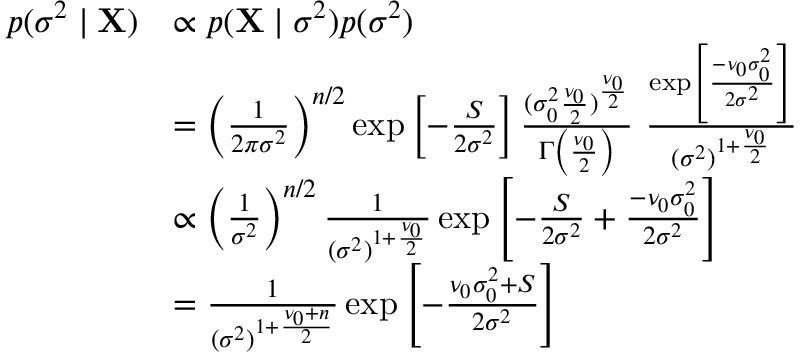
{ \begin{array} { r l } { p ( \sigma ^ { 2 } \mid \mathbf { X } ) } & { \propto p ( \mathbf { X } \mid \sigma ^ { 2 } ) p ( \sigma ^ { 2 } ) } \\ & { = \left( { \frac { 1 } { 2 \pi \sigma ^ { 2 } } } \right) ^ { n / 2 } \exp \left[ - { \frac { S } { 2 \sigma ^ { 2 } } } \right] { \frac { ( \sigma _ { 0 } ^ { 2 } { \frac { \nu _ { 0 } } { 2 } } ) ^ { \frac { \nu _ { 0 } } { 2 } } } { \Gamma \left( { \frac { \nu _ { 0 } } { 2 } } \right) } } ~ { \frac { \exp \left[ { \frac { - \nu _ { 0 } \sigma _ { 0 } ^ { 2 } } { 2 \sigma ^ { 2 } } } \right] } { ( \sigma ^ { 2 } ) ^ { 1 + { \frac { \nu _ { 0 } } { 2 } } } } } } \\ & { \propto \left( { \frac { 1 } { \sigma ^ { 2 } } } \right) ^ { n / 2 } { \frac { 1 } { ( \sigma ^ { 2 } ) ^ { 1 + { \frac { \nu _ { 0 } } { 2 } } } } } \exp \left[ - { \frac { S } { 2 \sigma ^ { 2 } } } + { \frac { - \nu _ { 0 } \sigma _ { 0 } ^ { 2 } } { 2 \sigma ^ { 2 } } } \right] } \\ & { = { \frac { 1 } { ( \sigma ^ { 2 } ) ^ { 1 + { \frac { \nu _ { 0 } + n } { 2 } } } } } \exp \left[ - { \frac { \nu _ { 0 } \sigma _ { 0 } ^ { 2 } + S } { 2 \sigma ^ { 2 } } } \right] } \end{array} }